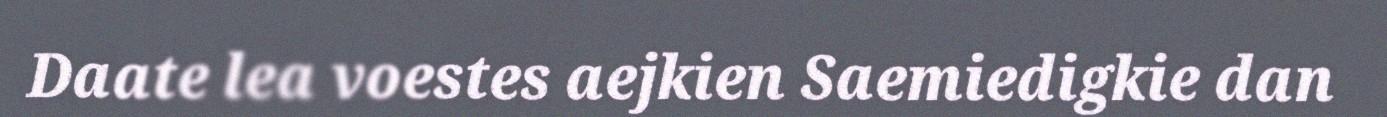
Daate lea voestes aejkien Saemiedigkie dan